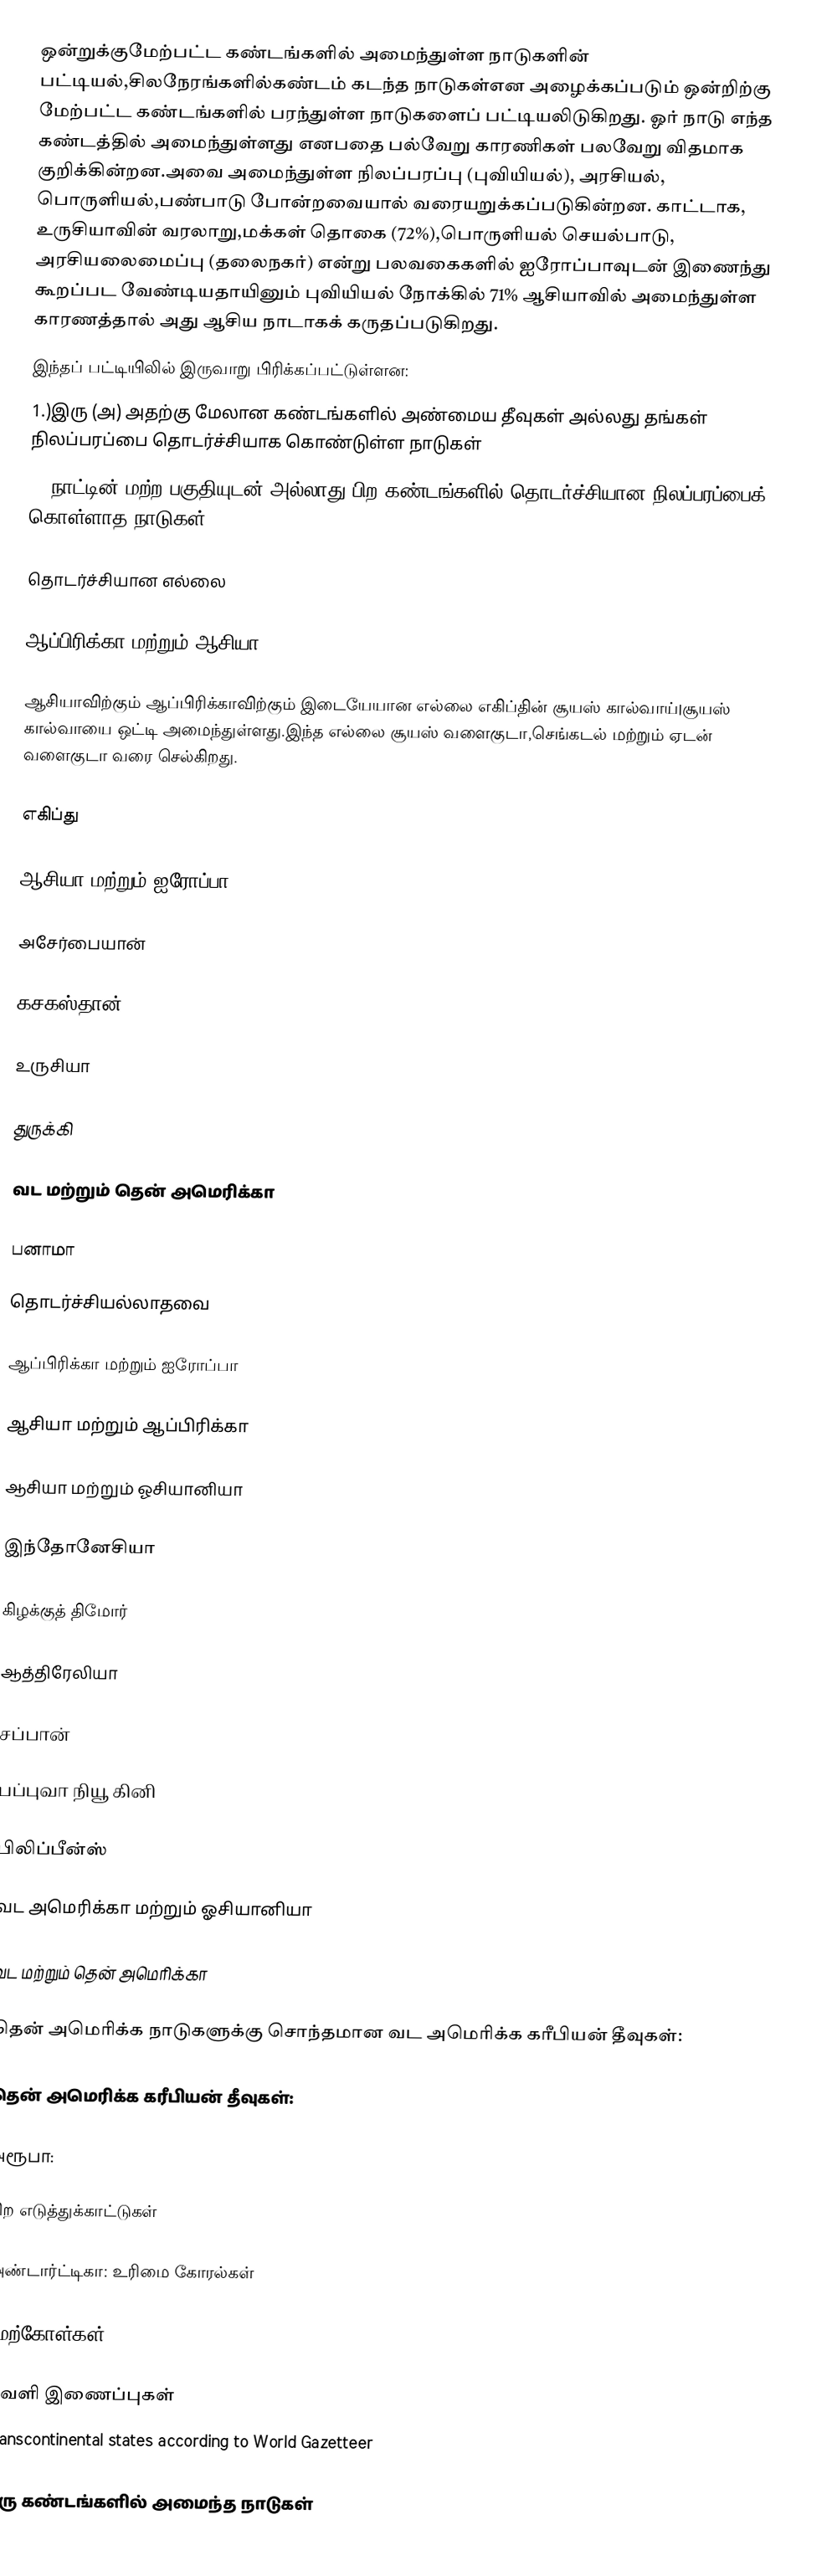
ஒன்றுக்குமேற்பட்ட கண்டங்களில் அமைந்துள்ள நாடுகளின் பட்டியல்,சிலநேரங்களில்கண்டம் கடந்த நாடுகள்என அழைக்கப்படும் ஒன்றிற்கு மேற்பட்ட கண்டங்களில் பரந்துள்ள நாடுகளைப் பட்டியலிடுகிறது. ஓர் நாடு எந்த கண்டத்தில் அமைந்துள்ளது எனபதை பல்வேறு காரணிகள் பலவேறு விதமாக குறிக்கின்றன.அவை அமைந்துள்ள நிலப்பரப்பு (புவியியல்), அரசியல், பொருளியல்,பண்பாடு போன்றவையால் வரையறுக்கப்படுகின்றன. காட்டாக, உருசியாவின் வரலாறு,மக்கள் தொகை (72%),பொருளியல் செயல்பாடு, அரசியலைமைப்பு (தலைநகர்) என்று பலவகைகளில் ஐரோப்பாவுடன் இணைந்து கூறப்பட வேண்டியதாயினும் புவியியல் நோக்கில் 71% ஆசியாவில் அமைந்துள்ள காரணத்தால் அது ஆசிய நாடாகக் கருதப்படுகிறது.
இந்தப் பட்டியிலில் இருவாறு பிரிக்கப்பட்டுள்ளன:
1.)இரு (அ) அதற்கு மேலான கண்டங்களில் அண்மைய தீவுகள் அல்லது தங்கள் நிலப்பரப்பை தொடர்ச்சியாக கொண்டுள்ள நாடுகள்
2.)நாட்டின் மற்ற பகுதியுடன் அல்லாது பிற கண்டங்களில் தொடர்ச்சியான நிலப்பரப்பைக் கொள்ளாத நாடுகள்

தொடர்ச்சியான எல்லை

ஆப்பிரிக்கா மற்றும் ஆசியா

ஆசியாவிற்கும் ஆப்பிரிக்காவிற்கும் இடையேயான எல்லை எகிப்தின் சூயஸ் கால்வாய்|சூயஸ் கால்வாயை ஒட்டி அமைந்துள்ளது.இந்த எல்லை சூயஸ் வளைகுடா,செங்கடல் மற்றும் ஏடன் வளைகுடா வரை செல்கிறது.

எகிப்து

ஆசியா மற்றும் ஐரோப்பா

அசேர்பையான்

கசகஸ்தான்

உருசியா

துருக்கி

வட மற்றும் தென் அமெரிக்கா

பனாமா

தொடர்ச்சியல்லாதவை

ஆப்பிரிக்கா மற்றும் ஐரோப்பா

ஆசியா மற்றும் ஆப்பிரிக்கா

ஆசியா மற்றும் ஓசியானியா

 இந்தோனேசியா

 கிழக்குத் திமோர்

 ஆத்திரேலியா

 சப்பான்

 பப்புவா நியூ கினி

 பிலிப்பீன்ஸ்

வட அமெரிக்கா மற்றும் ஓசியானியா

வட மற்றும் தென் அமெரிக்கா

தென் அமெரிக்க நாடுகளுக்கு சொந்தமான வட அமெரிக்க கரீபியன் தீவுகள்:

தென் அமெரிக்க கரீபியன் தீவுகள்:

 அரூபா:

பிற எடுத்துக்காட்டுகள்

அண்டார்ட்டிகா: உரிமை கோரல்கள்

மேற்கோள்கள்

வெளி இணைப்புகள்
 Transcontinental states according to World Gazetteer

இரு கண்டங்களில் அமைந்த நாடுகள்